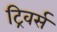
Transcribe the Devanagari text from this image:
ट्रिवर्स